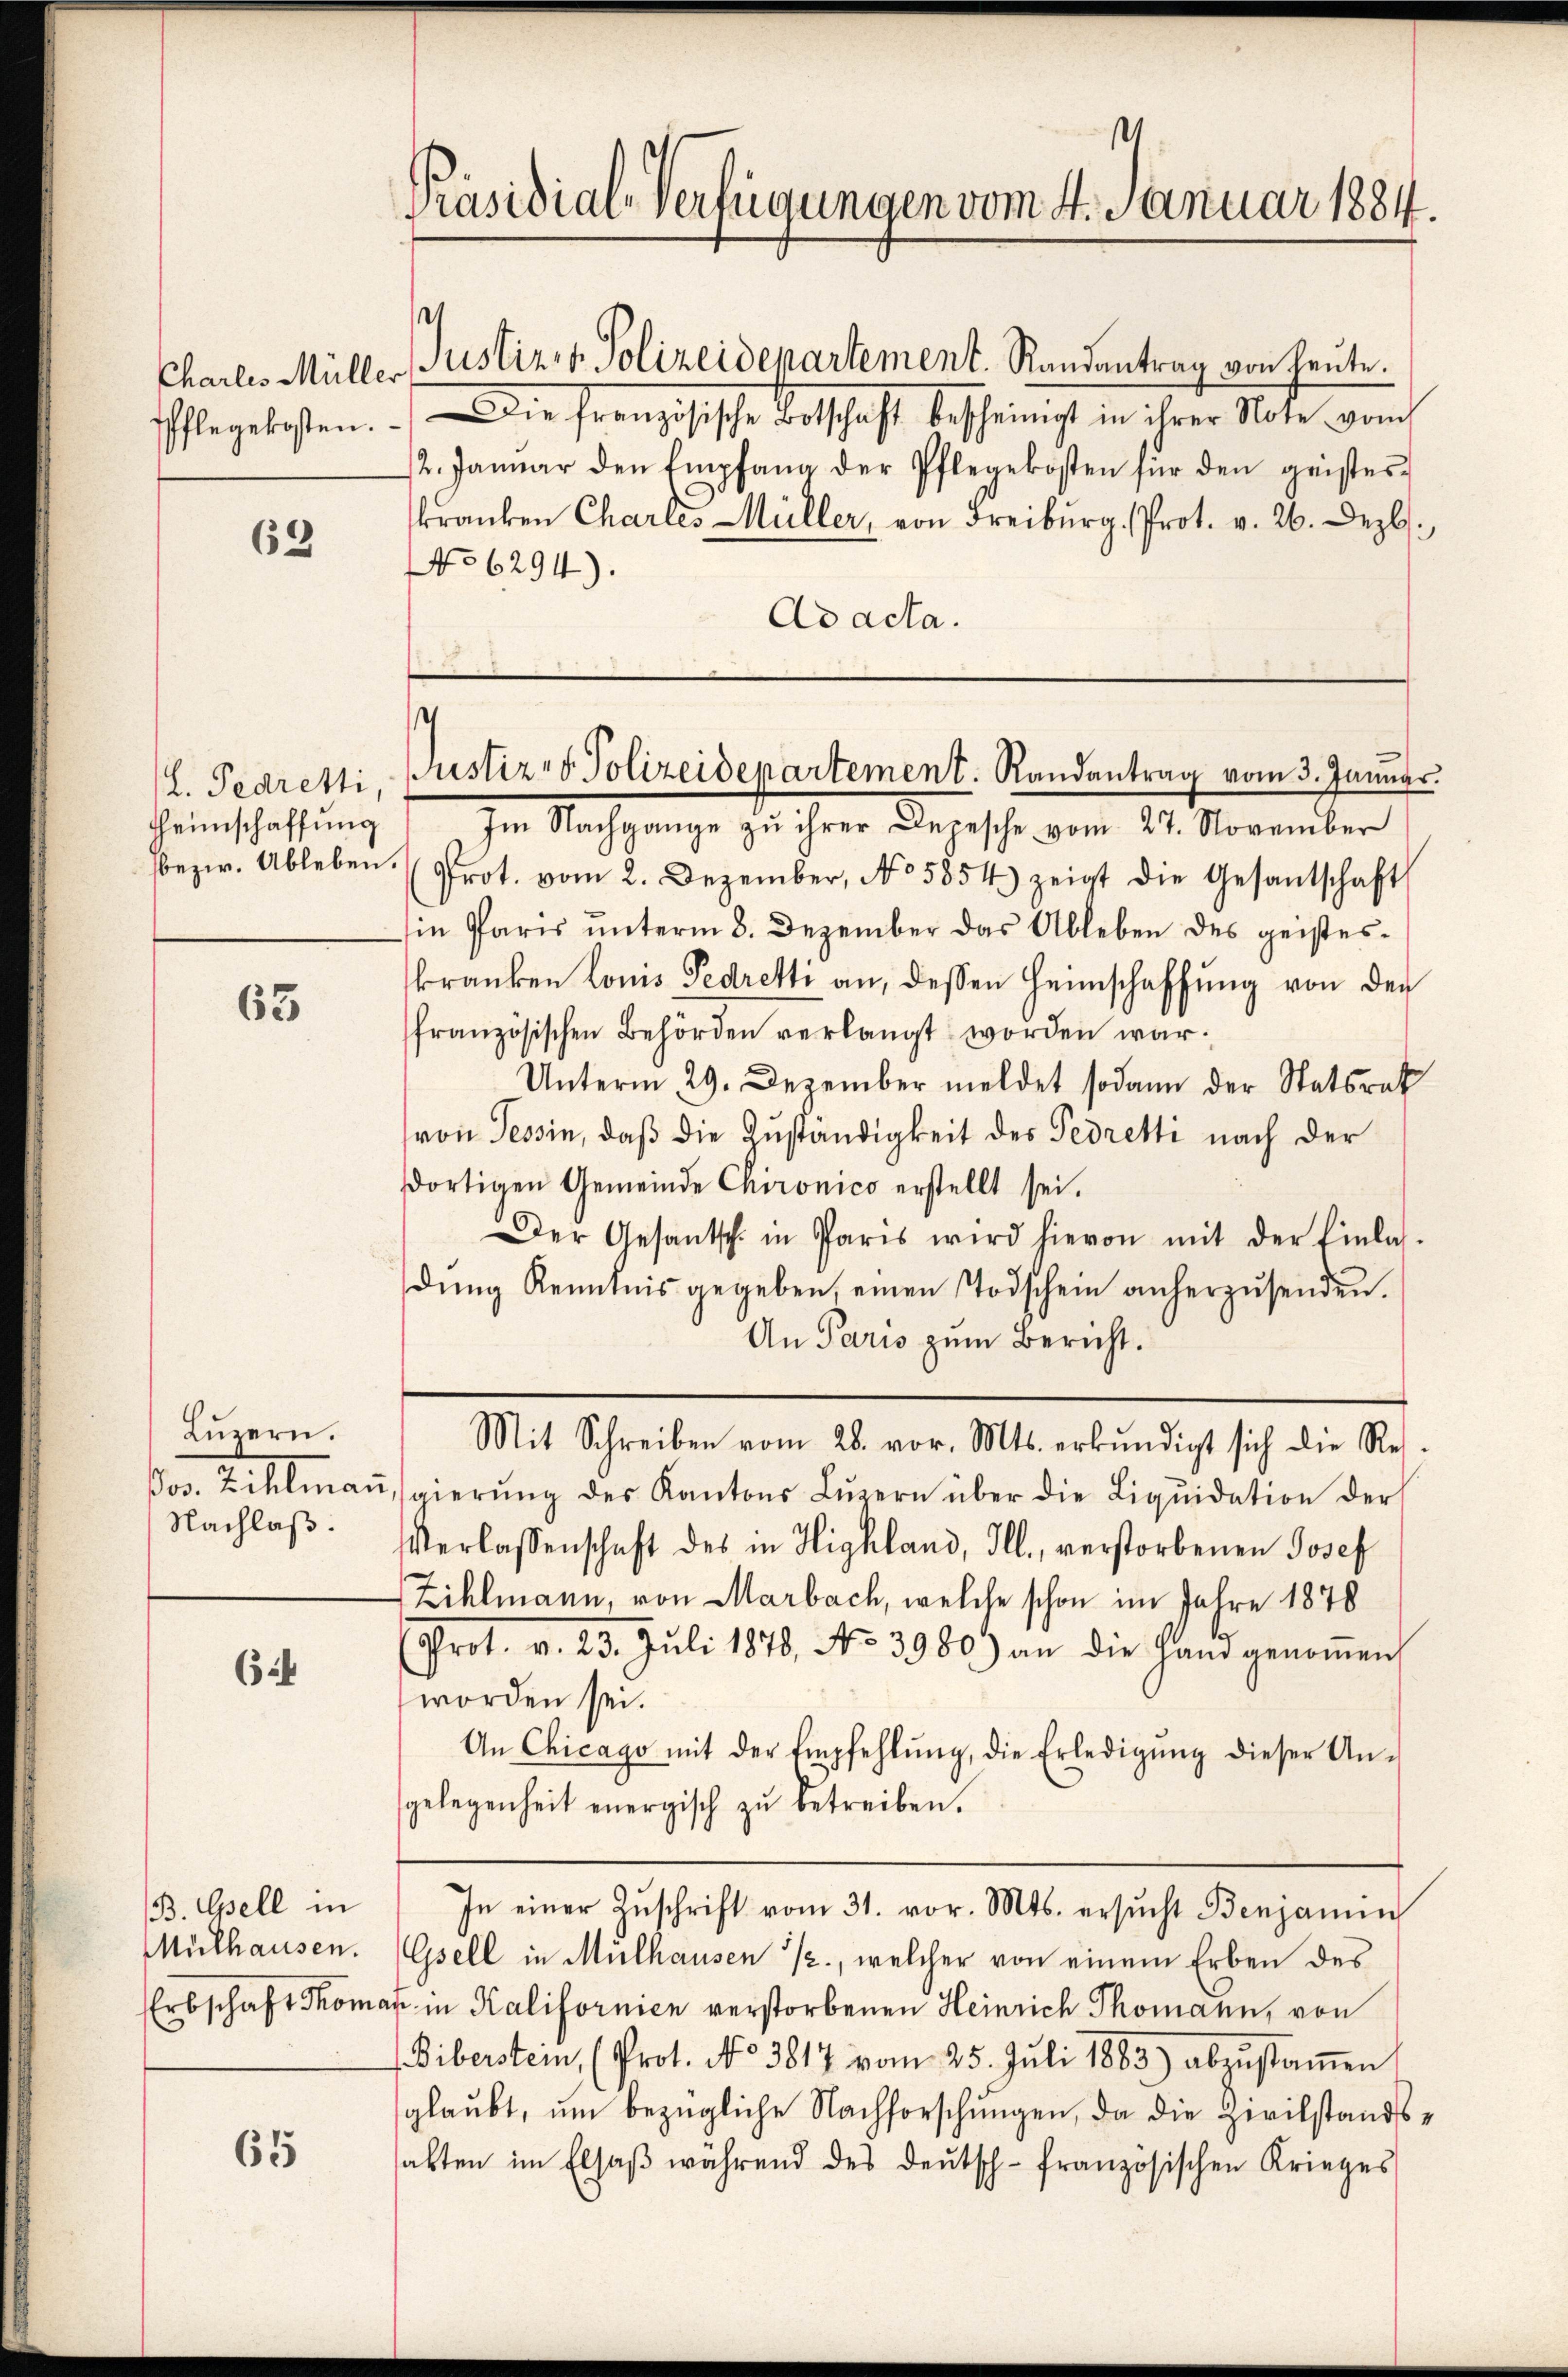
62

Heimschaffung
bezw. Ableben.

63

Luzern.
or Kellmann
Nachlaß.

6:4

B. Opell in
Mülhausen.
Erbschaft Thoma

65

Präsidial-Verfügungen vom 4. Januar 1884.

s
Charles Müller Justiz & Polizeidepartement. Randantrag von heute.
Pflegekosten. Die französische Botschaft bescheinigt in ihrer Note vom
/2. Januar den Empfang der Pflegekosten für den geister-
kranken Chartes Müller, von Freiburg. Prot. v. 26. Dezb.
No 6294).
Ad acta.

Im Nachgange zu ihrer Depesche vom 27. November
Prot. vom 2. Dezember, No 5854) zeigt die Gesantschaft
in Paris unterm 8. Dezember das Ableben des geisteskranken konis Pedretti an, dessen Heimschaffŭng von der
französischen Behörden verlangt worden war.
Unterm 29. Dezember meldet sodann der Statsrat
von Tessin, daβ die Zuständigkeit des Tedretti nach der
dortigen Gemeinde Chironico erstellt sei.
Der Gesantsch in Paris wird hievon mit der Einlas-
dung Kenntnis gegeben, einen Todschein anherzusenden.
An Paris zum Bericht.
Mit Schreiben vom 28. vor. Mts. erkŭndigt sich die Re-
gierŭng des Kantons Lŭzern über die Liqŭidation der
Verlassenschaft des in Highland, Ill., verstorbenen Josef
Zihlmann, von Marbach, welche schon im Jahre 1878
Prot. v. 23. Juli 1878, No 3980.) an die Hand genoṁen
worden sei.
An Chicago mit der Empfehlŭng, die Erledigŭng dieser An-
gelegenheit energisch zŭ betreiben.
In einer Zŭschrift vom 31. vor. Mts. ersŭcht Benjamin
Gsell in Mülhausen 12., welcher von einem Erben des
in Kalifornien verstorbenen Heinrich Thomann, von
Viberstein, (Prot. No 3817 vom 25. Juli 1883) abzustamen
glaubt, um bezügliche Nachforschungen, da die Zivilstandshalten im Elsaβ während des deŭtsch-französischen Krieges

(L. Pedretti Justiz- & Polizeidepartement. Randantrag vom 3. Januar.